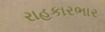
રાહકારભાર